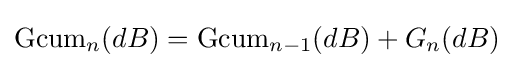
\mathrm {Gcum} _{n}(dB)=\mathrm {Gcum} _{n-1}(dB)+G_{n}(dB)